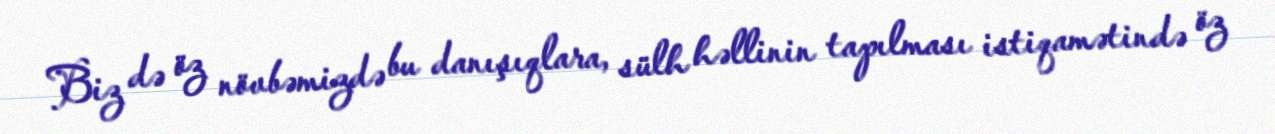
Biz də öz növbəmizdə bu danışıqlara, sülh həllinin tapılması istiqamətində öz